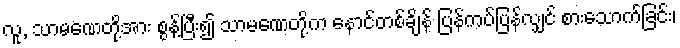
လူ, သာမဏေတို့အား စွန့်ပြီး၍ သာမဏေတို့က နောင်တစ်ချိန် ပြန်ကပ်ပြန်လျှင် စားသောက်ခြင်း၊